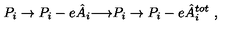
P _ { i } \to P _ { i } - e \hat { A } _ { i } { \bf { \longrightarrow } } P _ { i } \to P _ { i } - e \hat { A } _ { i } ^ { t o t } \ ,